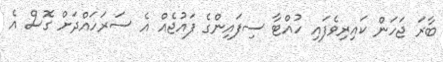
ބާރަ ޖަހަން ކައިރިވެފައި ހުއްޓާ ސިފައިންގެ ފައުޖެއް އެ ސަރަހައްދަށް ގޮސް އެ